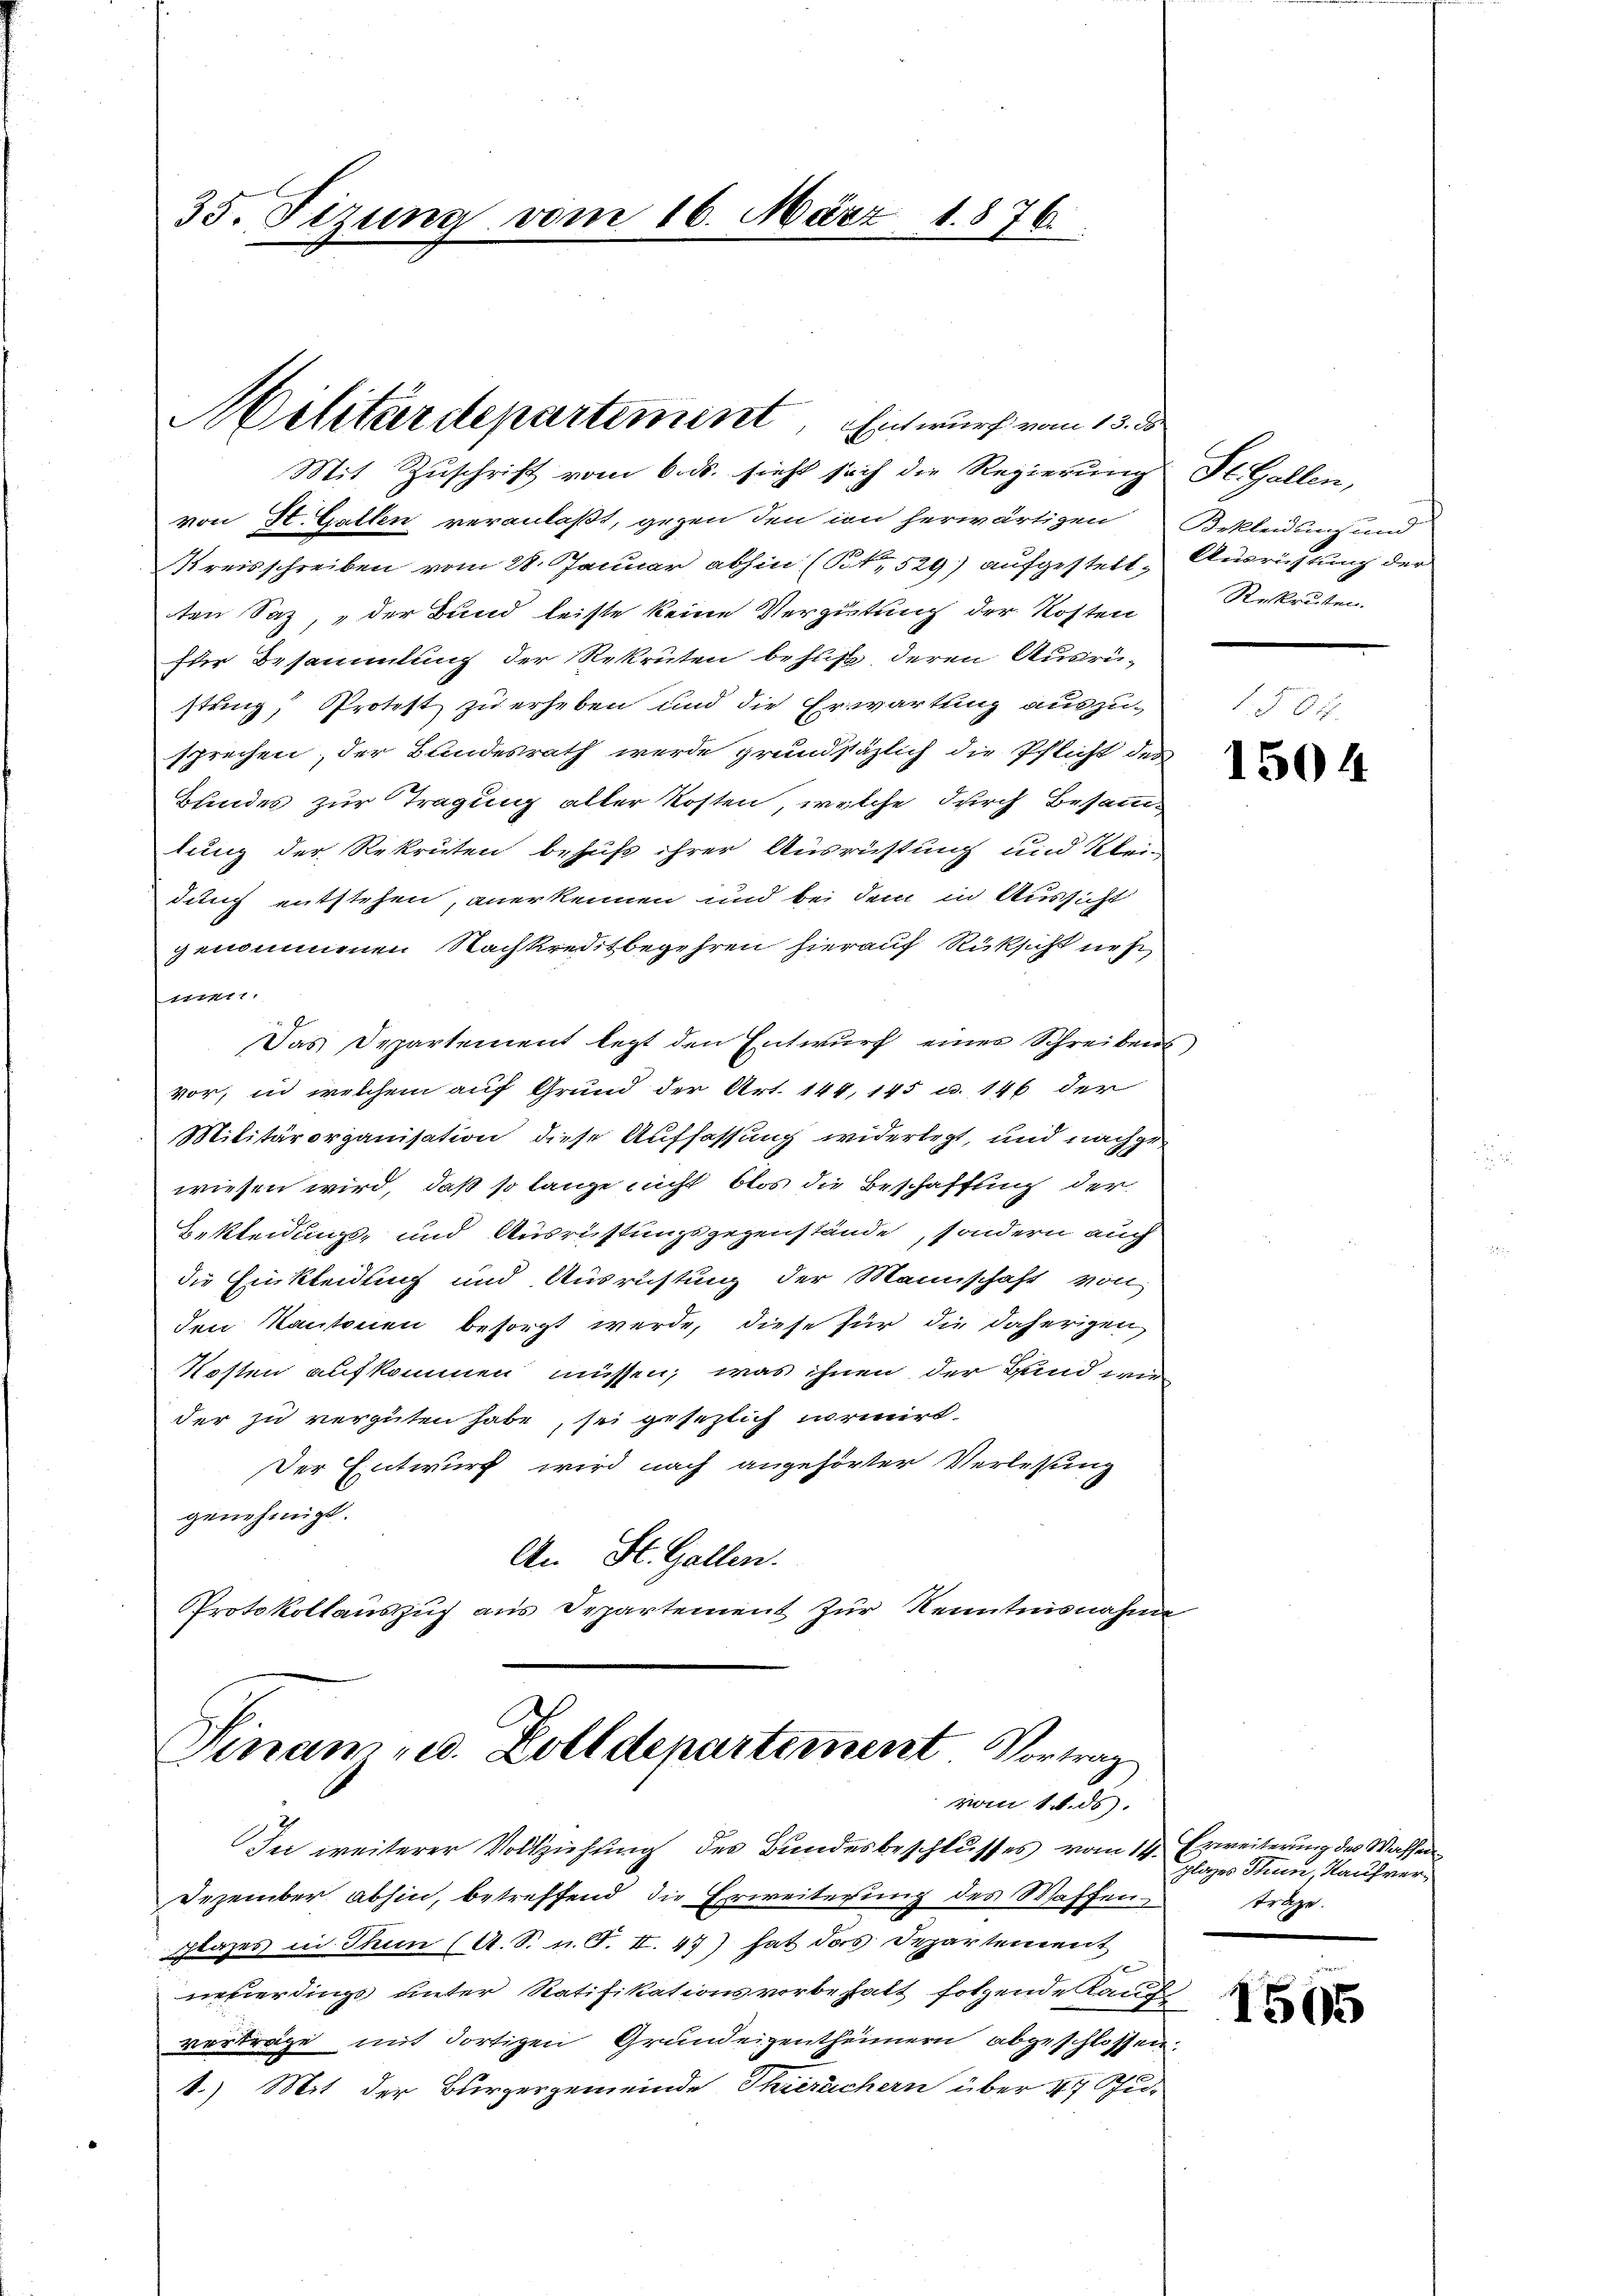
35. Sizung vom 16. März 1876.

Militärdepartement, Einwurf vom 15. d

Mit Zuschrift vom 6. ds. sieht sich die Regierung Fl. Gallen,
von St. Gallen veranlaßt, gegen den in herwärtigen Bekleidung und
Kreisschreiben vom 28. Januar abhin (Pt 529) aufgestelt. Ausrichtung der
ten Saz, „der Bund leiste keine Vergütung der Kosten
für Besammlung der Rekruten behuf deren Ausrüstung, Protest zu erheben und die Erwartung auszusprechen, der Bundesrath werde grundsäzlich die Pflicht des
Bundes zur Tragung aller Kosten, welche durch Besammlung der Rekruten behufs ihrer Ausrüstung und Klein
durch entstehen, anerkennen und bei dem in Aussicht
genommenen Nachkreistbegehren hierauf Rüksicht neh
.
Das Departement legt den Entwurf einer Schreibens
vor, in welchem auf Grund der Art. 144, 145 u. 146 der
Militärorganisation diese Auffassung widerlegt, und nachgewiesen wird, daß so lange nicht blos die Beschaffung der
Bekleidung, und Ausrüstungsgegenstände, sondern auch
die Einkleidung und Ausrichtung der Mannschaft von
den Kantonen besorgt werde, diese für die daherigen,
Kosten aufkommen müssen, was ihnen der Bund wir
der zu vergüten habe, sei gesezlich formirt.
Der Entwurf wird nach angehörter Verlesung
genehmigt.
An St. Gallen.
Protokollauszug aus Departement zur Kenntnisnahme

Sinam u. Zolldepartement Vortrag
vom 18. ds.

In weiterer Vollziehung des Bundesbeschlusses vom 14. Erweiterung des Wassen
Dezember abhin, betreffend die Erweiterung des Waffen
plazes in Thun (A. S. n. F. II. 47) hat das Departement
neuerdings unter Ratifikationsvorbehalt folgende Kauf
vorträge mit dortigen Grundeigenthümern abgeschlossen:
1.) Mit der Burgergemeinde Thierachern über 44 Schu¬

Rekruten.

1504

plazes Thun, Kaufverträge.

1505